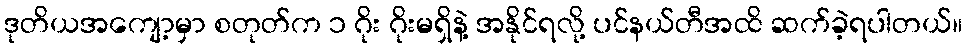
ဒုတိယအကျော့မှာ စတုတ်က ၁ ဂိုး ဂိုးမရှိနဲ့ အနိုင်ရလို့ ပင်နယ်တီအထိ ဆက်ခဲ့ရပါတယ်။